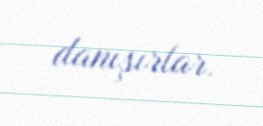
danışırlar.